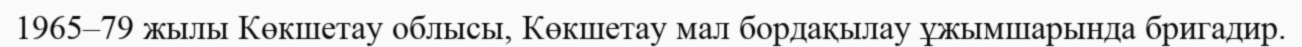
1965–79 жылы Көкшетау облысы, Көкшетау мал бордақылау ұжымшарында бригадир.